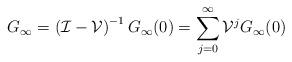
LaTeX: \begin{align*}G_\infty = \left(\mathcal{I}-\mathcal{V}\right)^{-1} G_\infty (0)= \sum_{j=0}^\infty \mathcal{V}^j G_\infty (0)\end{align*}